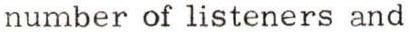
number of listeners and